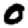
Digit: 0